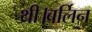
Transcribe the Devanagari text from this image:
थी।बर्लिन